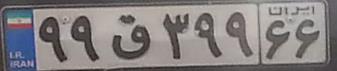
۹۹ق۳۹۹۶۶